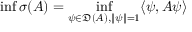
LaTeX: \operatorname* { i n f } \sigma ( A ) = \operatorname* { i n f } _ { \psi \in { \mathfrak { D } } ( A ) , \| \psi \| = 1 } \langle \psi , A \psi \rangle